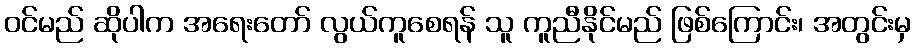
ဝင်မည် ဆိုပါက အရေးတော် လွယ်ကူစေရန် သူ ကူညီနိုင်မည် ဖြစ်ကြောင်း၊ အတွင်းမှ